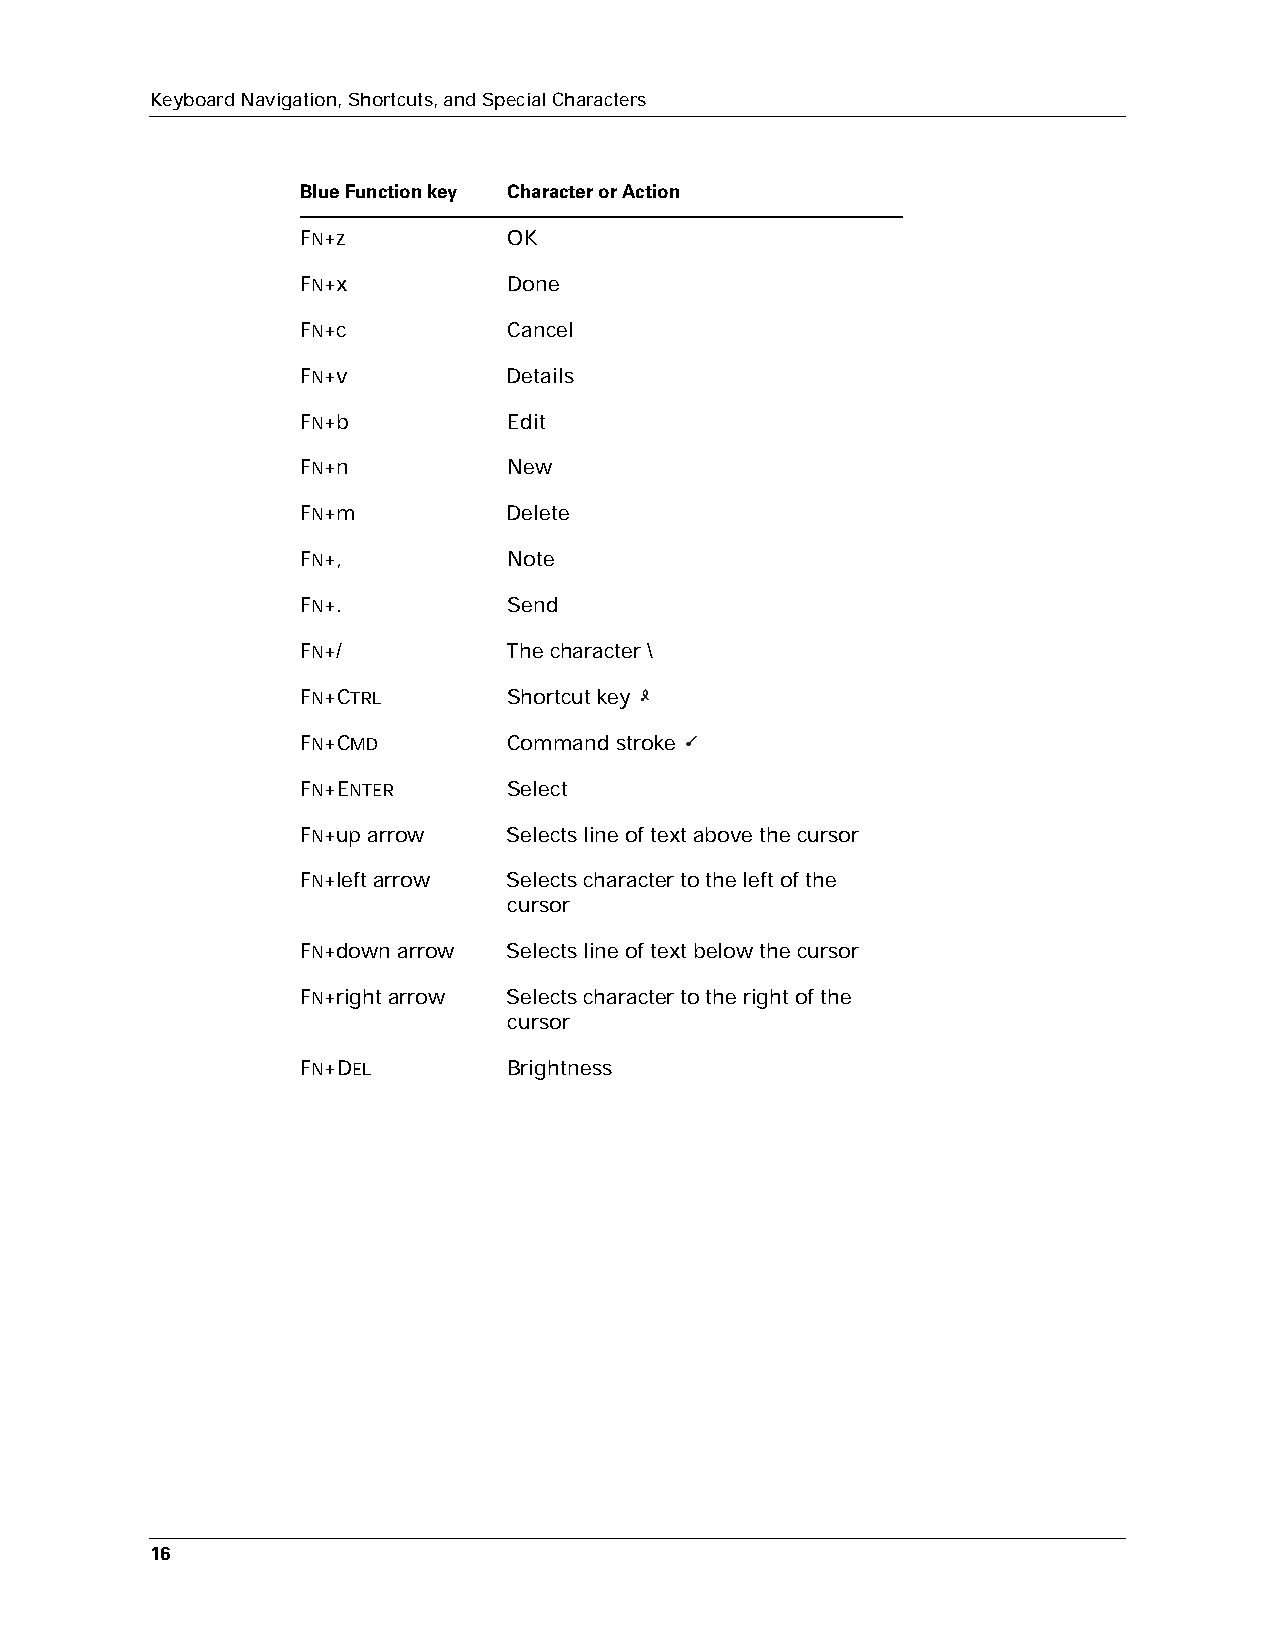
Keyboard Navigation, Shortcuts, and Special Characters
 Blue Function key Character or Action
 FN+z          OK
 FN+x          Done
 FN+c          Cancel
 FN+v          Details
 FN+b          Edit
 FN+n          New
 FN+m          Delete
 FN+,          Note
 FN+.          Send
 FN+/          The character \
 FN+CTRL       Shortcut key
 FN+CMD        Command stroke
 FN+ENTER      Select
 FN+up arrow   Selects line of text above the cursor
 FN+left arrow Selects character to the left of the
 cursor
 FN+down arrow Selects line of text below the cursor
 FN+right arrow Selects character to the right of the
 cursor
 FN+DEL        Brightness
 16